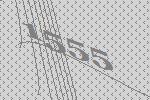
1555